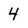
Character: 4